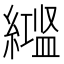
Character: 𬗻